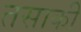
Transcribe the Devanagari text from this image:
तसाकी